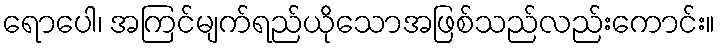
ရောပေါ၊ အကြင်မျက်ရည်ယိုသောအဖြစ်သည်လည်းကောင်း။